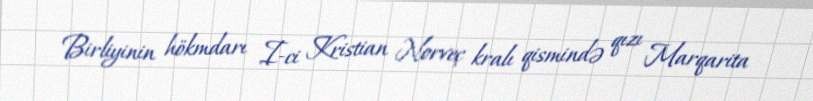
Birliyinin hökmdarı I-ci Kristian Norveç kralı qismində qızı Marqarita